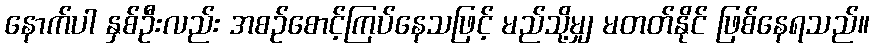
နောက်ပါ နှစ်ဦးလည်း အစဉ်စောင့်ကြပ်နေသဖြင့် မည်သို့မျှ မတတ်နိုင် ဖြစ်နေရသည်။